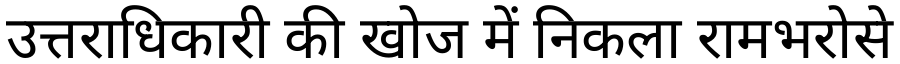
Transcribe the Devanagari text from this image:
उत्तराधिकारी की खोज में निकला रामभरोसे